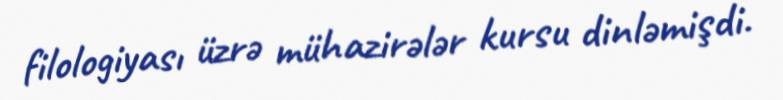
filologiyası üzrə mühazirələr kursu dinləmişdi.